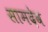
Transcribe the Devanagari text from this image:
सामदेव